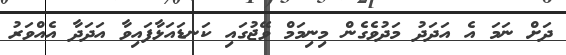
ދަށް ނަމަ އެ އަދަދު މަދުވެގެން މިނިމަމް ވޭޖުގައި ކަނޑައަޅާފައިވާ އަދަދާ އެއްވަރު